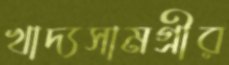
খাদ্যসামগ্রীর